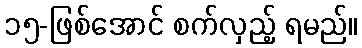
၁၅-ဖြစ်အောင် စက်လှည့် ရမည်။